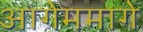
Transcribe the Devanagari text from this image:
आगेममागे